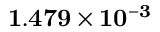
\mathbf { 1 . 4 7 9 \times 1 0 ^ { - 3 } }